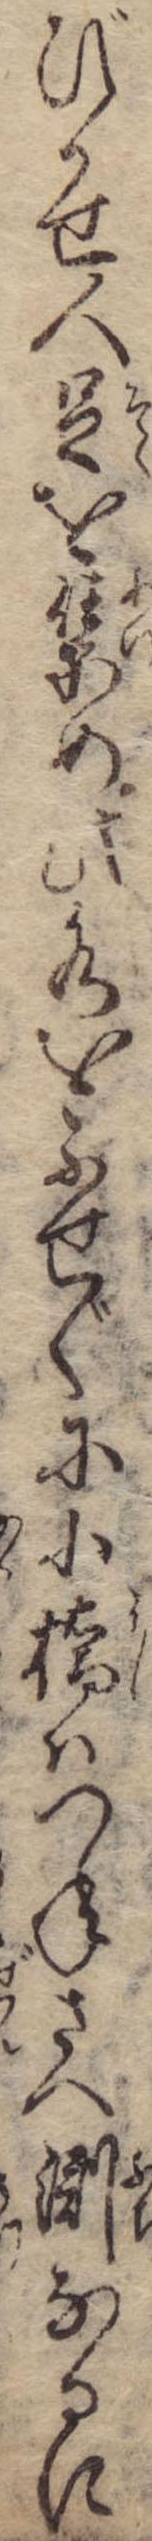
びかせ人足を集め此水をふせぐに小橋はつねさへ淵なるに